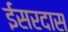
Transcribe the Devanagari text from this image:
ईसरदास